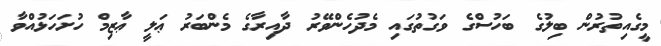
މީގެއިތުރުން ބިލުގެ ބަހުސްގެ ވަގުތުގައި މެދުހެންވޭރު ދާއިރާގެ މެންބަރު ޢަލީ ޢާޒިމް ހުށަހަޅުއްވާ